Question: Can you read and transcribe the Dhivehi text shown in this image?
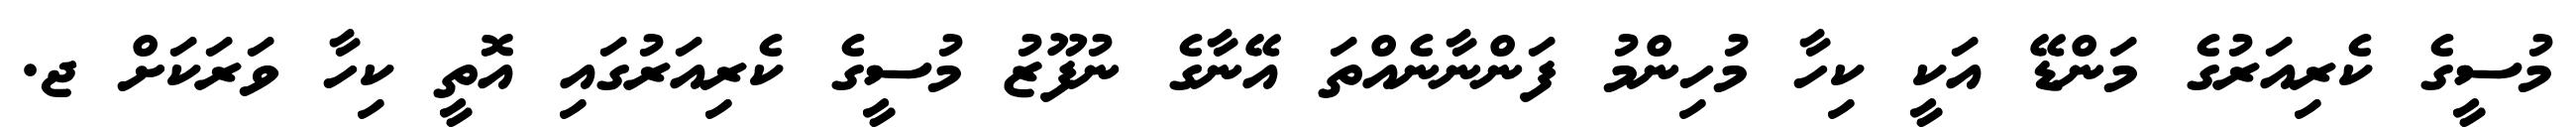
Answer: މުސީގެ ކެރިއަރުގެ މަންޑޭ އަކީ ކިހާ މުހިންމު ފަންނާނެއްތަ އޭނާގެ ނުފޫޒު މުސީގެ ކެރިއަރުގައި އޮތީ ކިހާ ވަރަކަށް ޖ.